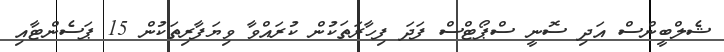
ޝެލްބީންސް އަދި ސޮނީ ސްޕޯޓްސް ފަދަ ފިހާރަތަކުން ކުރައްވާ ވިޔަފާރިތަކުން 15 ޕަސެންޓާއި